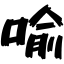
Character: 喩